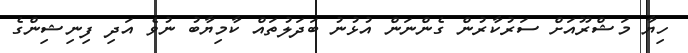
ހިޔާ މަޝްރޫއަށް ސަރުކާރުން ގެންނަން އުޅުނު ބަދަލުތައް ކާމިޔާބު ނުވެ އަދި ފިނިޝިންގެ